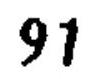
\(91\)